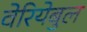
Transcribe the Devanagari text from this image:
वेरियेबुल